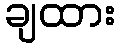
ချထား